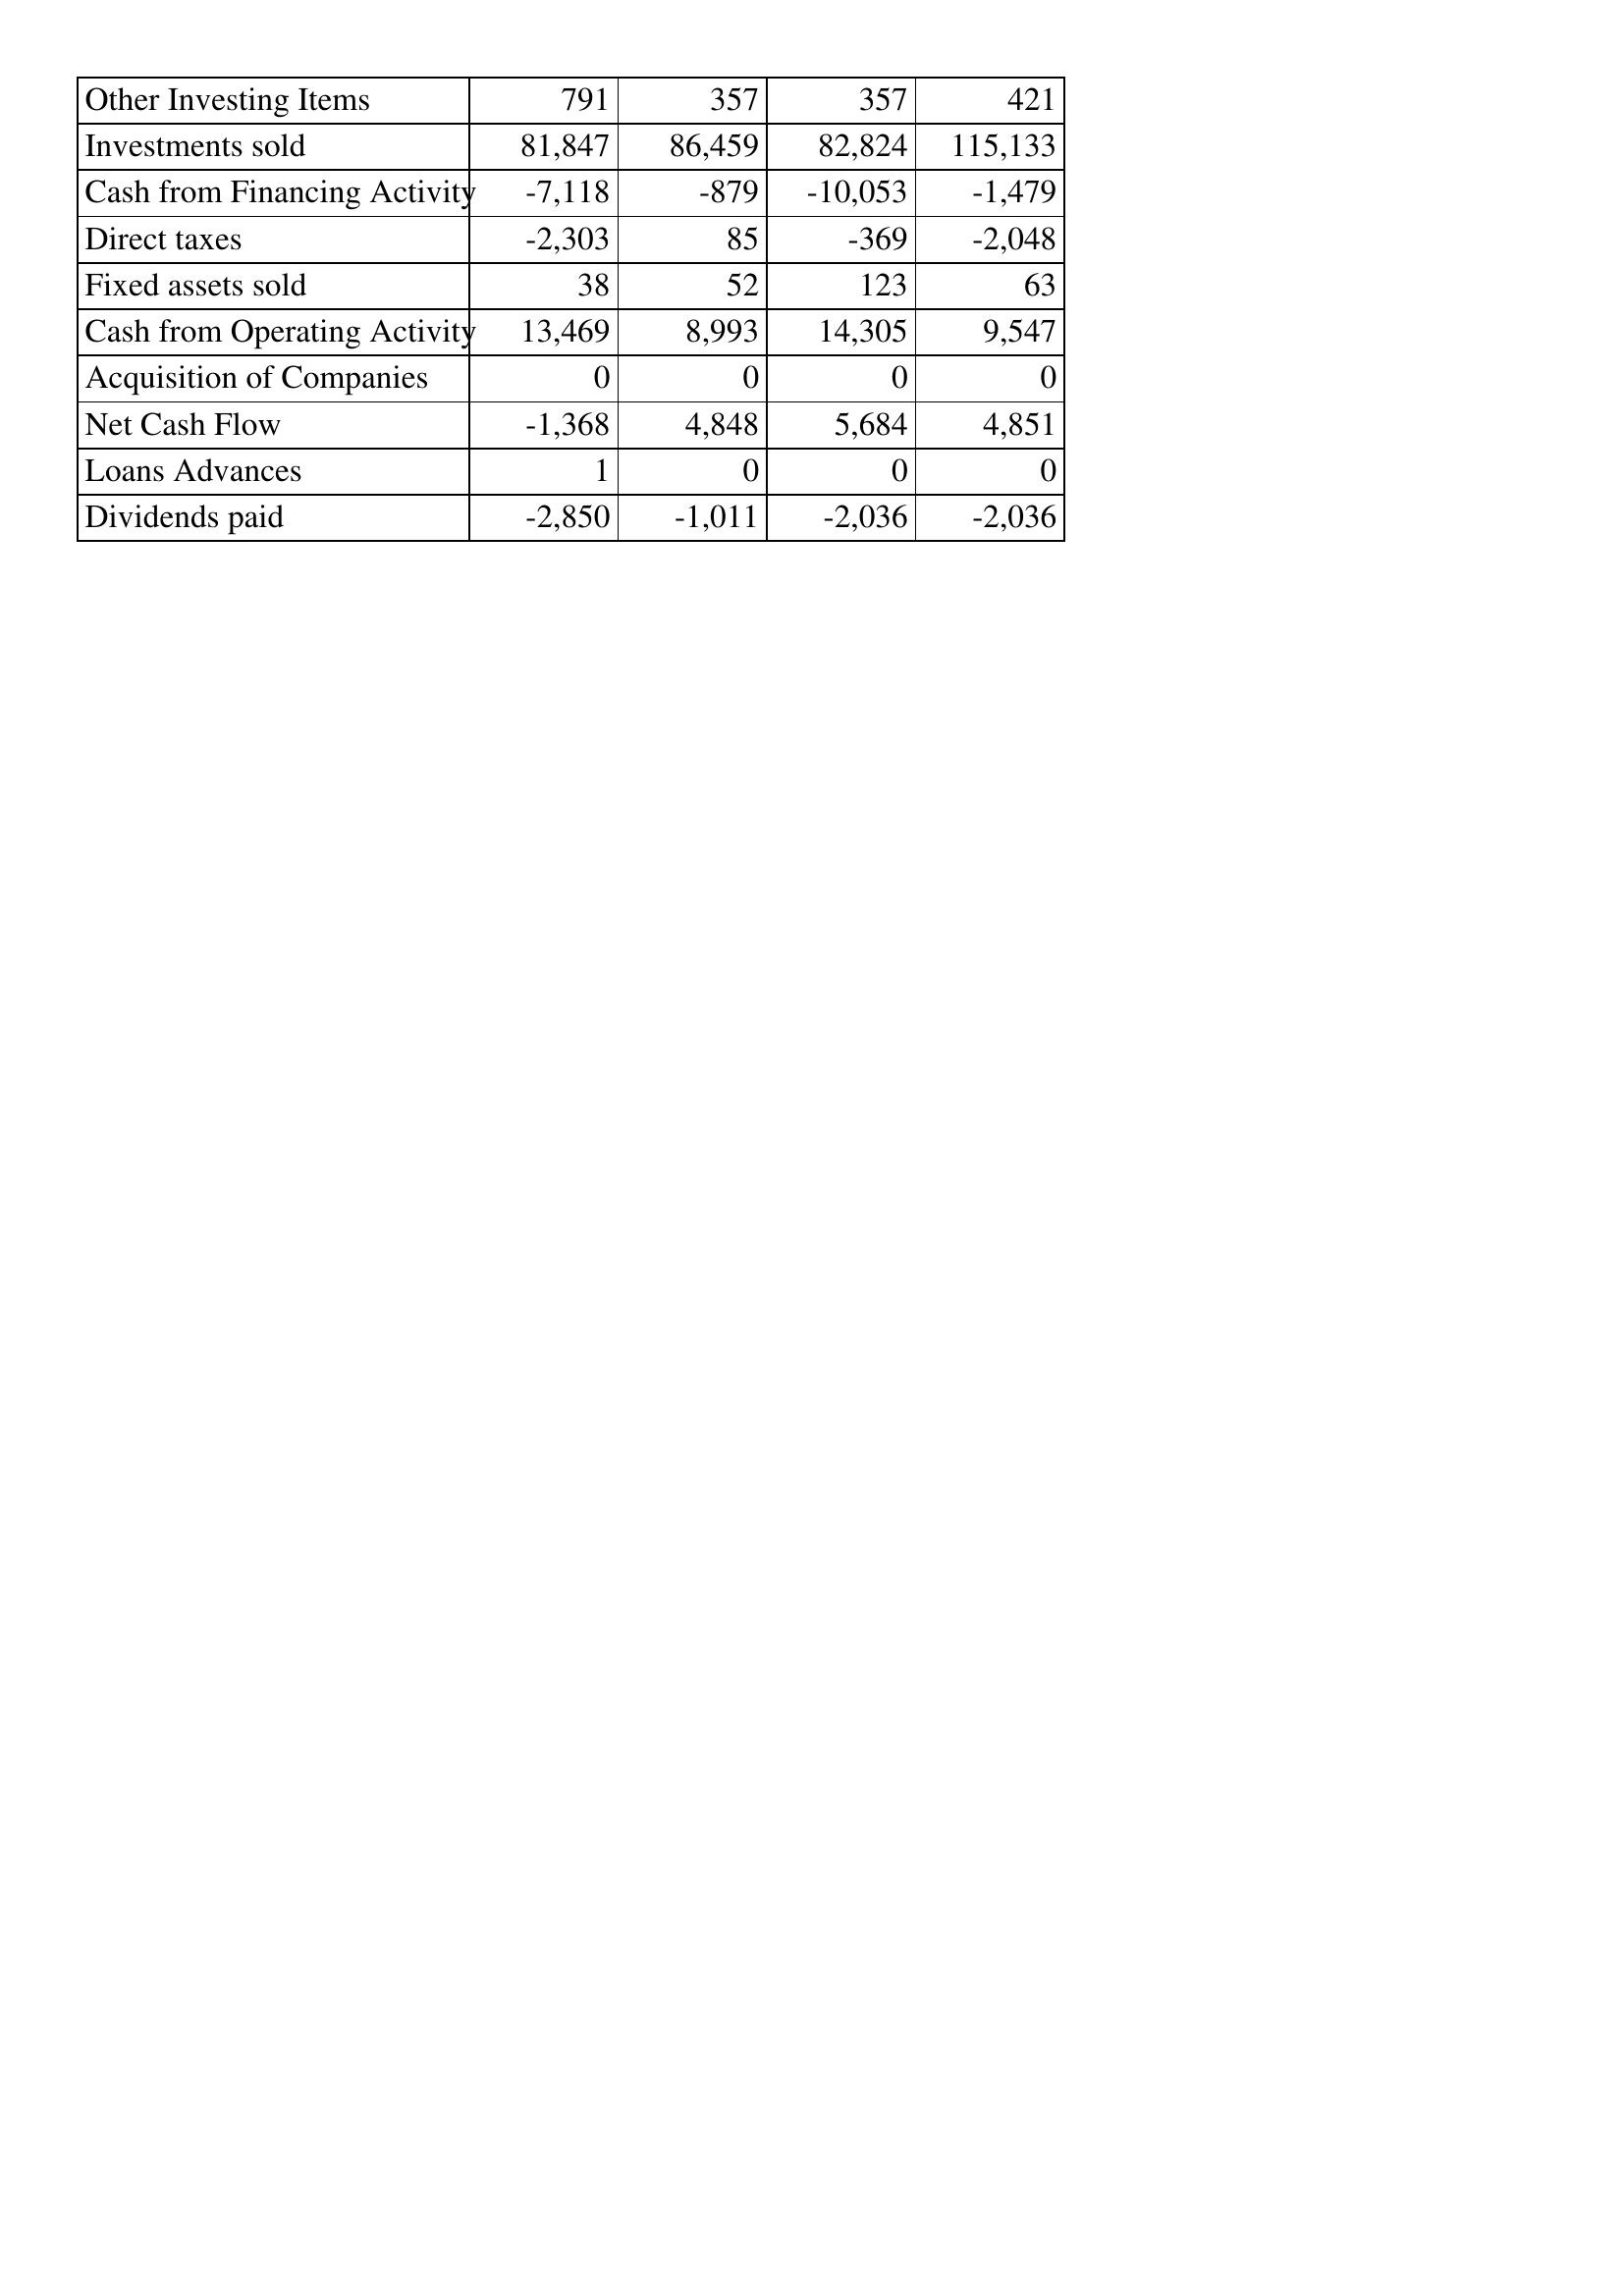
Mar-14: Cash Flows: Other Investing Items: 791
Investments sold: 81,847
Cash from Financing Activity: -7,118
Direct taxes: -2,303
Fixed assets sold: 38
Cash from Operating Activity: 13,469
Acquisition of Companies: 0
Net Cash Flow: -1,368
Loans Advances: 1
Dividends paid: -2,850
Mar-13: Cash Flows: Other Investing Items: 357
Investments sold: 86,459
Cash from Financing Activity: -879
Direct taxes: 85
Fixed assets sold: 52
Cash from Operating Activity: 8,993
Acquisition of Companies: 0
Net Cash Flow: 4,848
Loans Advances: 0
Dividends paid: -1,011
Mar-12: Cash Flows: Other Investing Items: 357
Investments sold: 82,824
Cash from Financing Activity: -10,053
Direct taxes: -369
Fixed assets sold: 123
Cash from Operating Activity: 14,305
Acquisition of Companies: 0
Net Cash Flow: 5,684
Loans Advances: 0
Dividends paid: -2,036
Mar-11: Cash Flows: Other Investing Items: 421
Investments sold: 115,133
Cash from Financing Activity: -1,479
Direct taxes: -2,048
Fixed assets sold: 63
Cash from Operating Activity: 9,547
Acquisition of Companies: 0
Net Cash Flow: 4,851
Loans Advances: 0
Dividends paid: -2,036